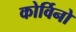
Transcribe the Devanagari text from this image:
कोर्विनो